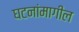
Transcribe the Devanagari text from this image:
घटनांमागील